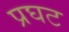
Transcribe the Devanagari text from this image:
प्रघट